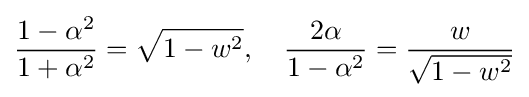
{\frac {1-\alpha ^{2}}{1+\alpha ^{2}}}={\sqrt {1-w^{2}}},\quad {\frac {2\alpha }{1-\alpha ^{2}}}={\frac {w}{\sqrt {1-w^{2}}}}